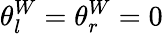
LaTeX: \theta_{l}^{W}=\theta_{r}^{W}=0